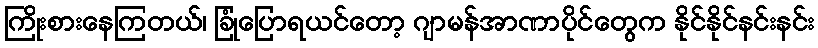
ကြိုးစားနေကြတယ်၊ ခြုံပြောရယင်တော့ ဂျာမန်အာဏာပိုင်တွေက နိုင်နိုင်နင်းနင်း